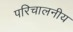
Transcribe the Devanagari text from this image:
परिचालनीय